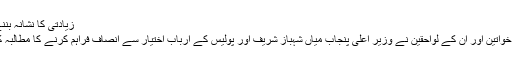
زیادتی کا نشانہ بننے والی
دونوں خواتین اور ان کے لواحقین نے وزیر اعلٰی پنجاب میاں شہباز شریف اور پولیس کے ارباب اختیار سے انصاف فراہم کرنے کا مطالبہ کیا ہے۔